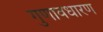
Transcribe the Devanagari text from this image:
गुणावधारण